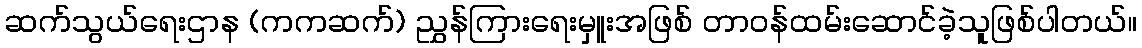
ဆက်သွယ်ရေးဌာန (ကကဆက်) ညွှန်ကြားရေးမှူးအဖြစ် တာဝန်ထမ်းဆောင်ခဲ့သူဖြစ်ပါတယ်။